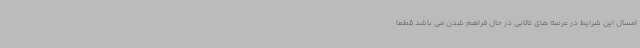
امسال این شرایط در عرصه های تالابی در حال فراهم شدن می باشد قطعاً